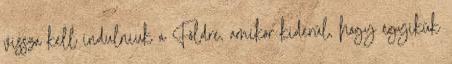
vissza kell indulniuk a Földre, amikor kiderül, hogy egyikük